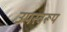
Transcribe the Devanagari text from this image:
उपस्वरूप